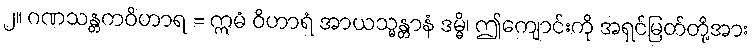
၂။ ဂဏသန္တကဝိဟာရ = ဣမံ ဝိဟာရံ အာယသ္မန္တာနံ ဒမ္မိ၊ ဤကျောင်းကို အရှင်မြတ်တို့အား